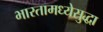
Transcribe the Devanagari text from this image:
भारतामध्येसुद्धा